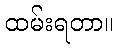
ထမ်းရတာ။